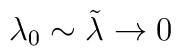
\lambda_0 \sim \tilde\lambda \to 0